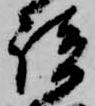
談